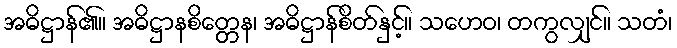
အဓိဋ္ဌာန်၏။ အဓိဋ္ဌာနစိတ္တေန၊ အဓိဋ္ဌာန်စိတ်နှင့်။ သဟေဝ၊ တကွလျှင်။ သတံ၊